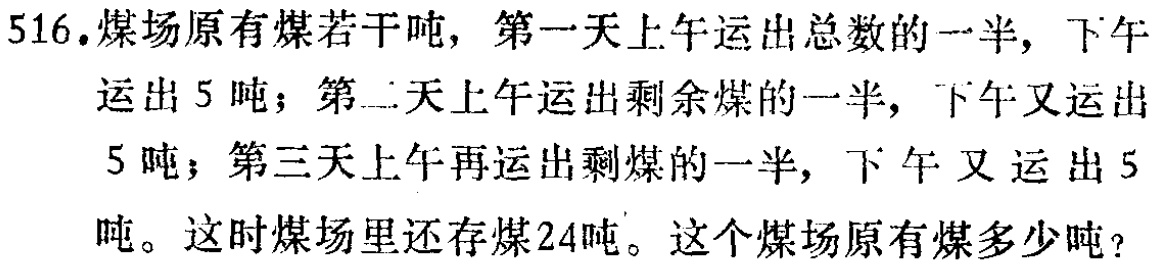
516.煤场原有煤若干吨，第一天上 午运出总数的一半，下午 运出5吨；第二天上午运出剩余煤的一半，下午又运出 5吨；第三天上午再运出剩煤的一半，下午又运出5 吨。这时煤场里还存煤24吨。这个煤场原有煤多少吨？